Lunatic asylums Punjab 1881-1894 - 1881-1894
Year: 1881
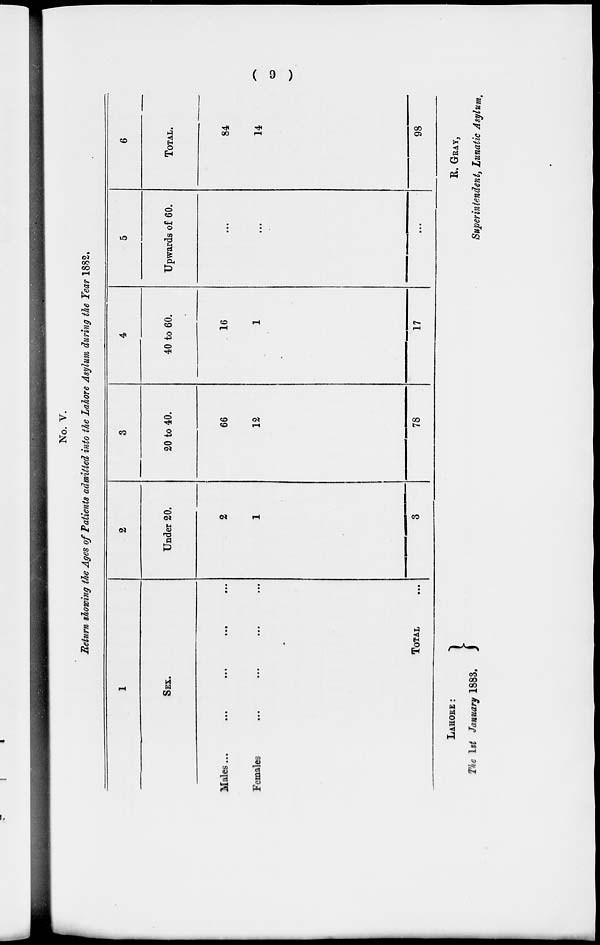
( 9 )
No. V.
Return showing the Ages of Patients admitted into the Lahore Asylum during the Fear 1882.
1
SEX.
Males ... ... ... ... ...
Females
...
...
...
...
TOTAL ...
2
Under 20.
2
1
3
3
20 to 40.
66
12
78
4
40 to 60.
16
1
17
5
Upwards of 60.
...
...
...
6
TOTAL.
84
14
98
LAHORE:
The 1st January 1883.
R. GRAY,
Superintendent, Lunatic Asylum,